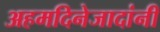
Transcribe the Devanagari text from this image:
अहमदिनेजादांनी